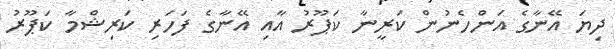
ދިޔަ އޭނާގެ އަންހެނުން ކަރީނާ ކަޕޫރު އާއި އޭނާގެ ފަހަރި ކަރިޝްމާ ކަޕޫރު